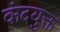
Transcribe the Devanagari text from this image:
कंदयुक्त